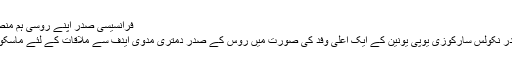
فرانسیسی صدر اپنے روسی ہم منصب کے ساتھ
فرانسیسی صدر نکولس سارکوزی یوپی یونین کے ایک اعلی وفد کی صورت میں روس کے صدر دمتری مدوی ایدف سے ملاقات کے لئے ماسکو روانہ ہوئے۔